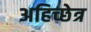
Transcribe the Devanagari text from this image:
अहिच्छेत्र